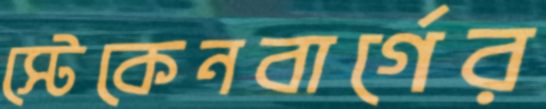
স্টেকেনবার্গের